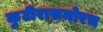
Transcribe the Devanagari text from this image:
कुटीरासमोरच